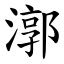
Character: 漷